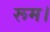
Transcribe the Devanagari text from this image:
रूम।